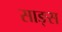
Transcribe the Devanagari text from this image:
साङ्स